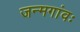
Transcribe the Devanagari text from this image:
जन्मगांवः